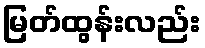
မြတ်ထွန်းလည်း